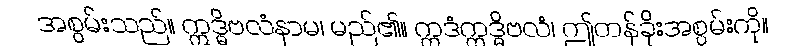
အစွမ်းသည်။ ဣဒ္ဓိဗလံနာမ၊ မည်၏။ ဣဒံဣဒ္ဓိဗလံ၊ ဤတန်ခိုးအစွမ်းကို။